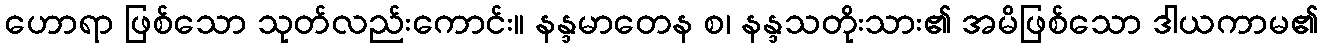
ဟောရာ ဖြစ်သော သုတ်လည်းကောင်း။ နန္ဒမာတေန စ၊ နန္ဒသတိုးသား၏ အမိဖြစ်သော ဒါယကာမ၏